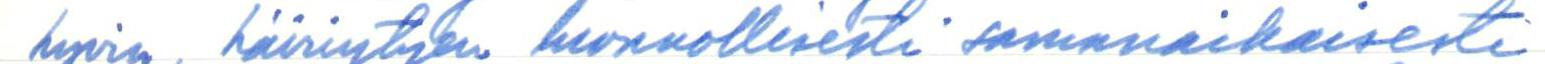
hyvin, häiriytyen luonnollisesti samanaikaisesti